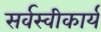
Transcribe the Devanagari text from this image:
सर्वस्वीकार्य